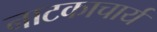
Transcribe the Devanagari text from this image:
नाटकाचार्य